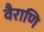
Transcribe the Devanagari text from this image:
वैराणि